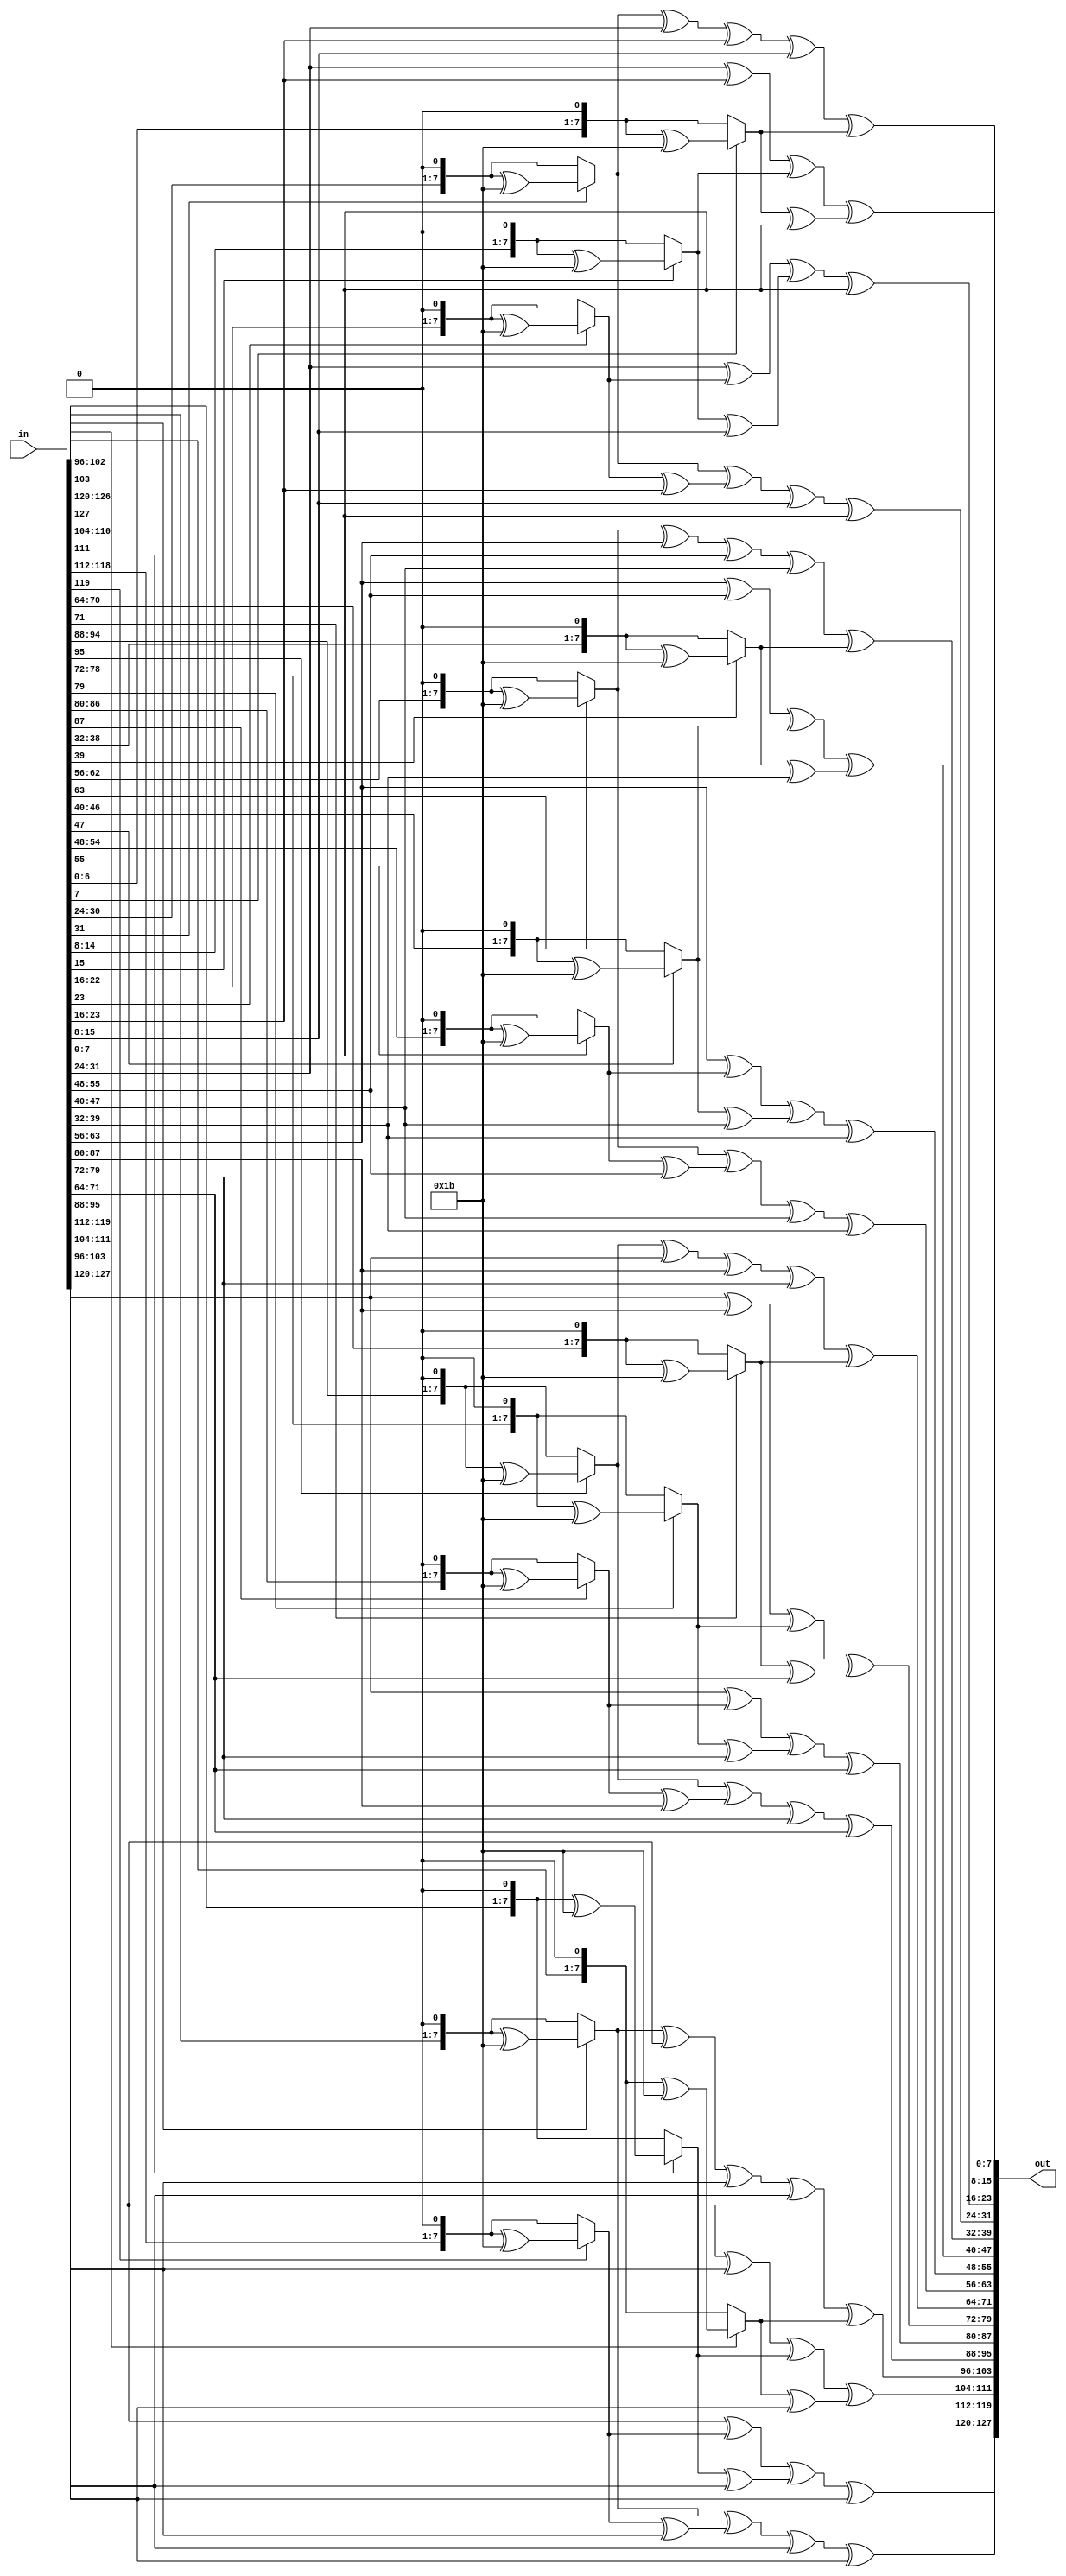
// 
// Designer: P76111783
//

//https://crypto.stackexchange.com/questions/2402/how-to-solve-mixcolumns/95775#95775
module MixColumns(
    input [127:0] in,
    output [127:0] out
    );

// m(x) = (x8 + x4 + x3 + x + 1) = 9'h11b
// .2
function [7:0] mul2;
    input [7:0] x;
    begin
            if(x[7] == 1) mul2 = ((x << 1) ^ 8'h1b); //overflow mod m(x)
            else mul2 = x << 1; 
    end
endfunction

// .3
function [7:0] mul3;
    input [7:0] x;
    begin
            mul3 = mul2(x) ^ x;
    end
endfunction

// matrix multiplication
genvar i;

generate 
for (i = 0; i < 4; i = i + 1) begin: MixColumns_
    assign out[i*32+31:i*32+24] = mul2(in[i*32+31:i*32+24]) ^ mul3(in[i*32+23:i*32+16]) ^ in[i*32+15:i*32+8] ^ in[i*32+7:i*32];    //s0c
    assign out[i*32+23:i*32+16] = in[i*32+31:i*32+24] ^ mul2(in[i*32+23:i*32+16]) ^ mul3(in[i*32+15:i*32+8]) ^ in[i*32+7:i*32];    //s1c
    assign out[i*32+15:i*32+8] = in[i*32+31:i*32+24] ^ in[i*32+23:i*32+16] ^ mul2(in[i*32+15:i*32+8]) ^ mul3(in[i*32+7:i*32]);    //s2c
    assign out[i*32+7:i*32] = mul3(in[i*32+31:i*32+24]) ^ in[i*32+23:i*32+16] ^ in[i*32+15:i*32+8] ^ mul2(in[i*32+7:i*32]);    //s3c
end
endgenerate
endmodule